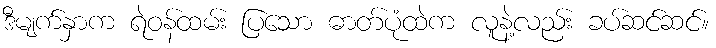
ဒီမျက်နှာက ရဲဝန်ထမ်း ပြသော ဓာတ်ပုံထဲက လူနဲ့လည်း ခပ်ဆင်ဆင်။